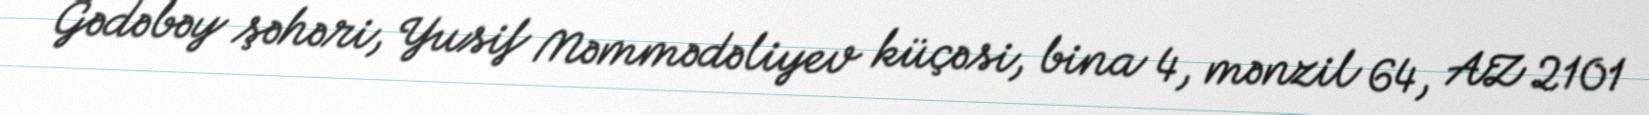
Gədəbəy şəhəri, Yusif Məmmədəliyev küçəsi, bina 4, mənzil 64, AZ 2101